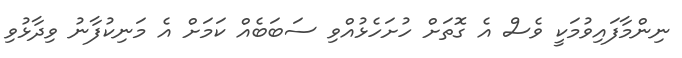
ނިންމާފައިވުމަކީ ވެސް އެ ގޮތަށް ހުށަހެޅުއްވި ސަބަބެއް ކަމަށް އެ މަނިކުފާނު ވިދާޅުވި